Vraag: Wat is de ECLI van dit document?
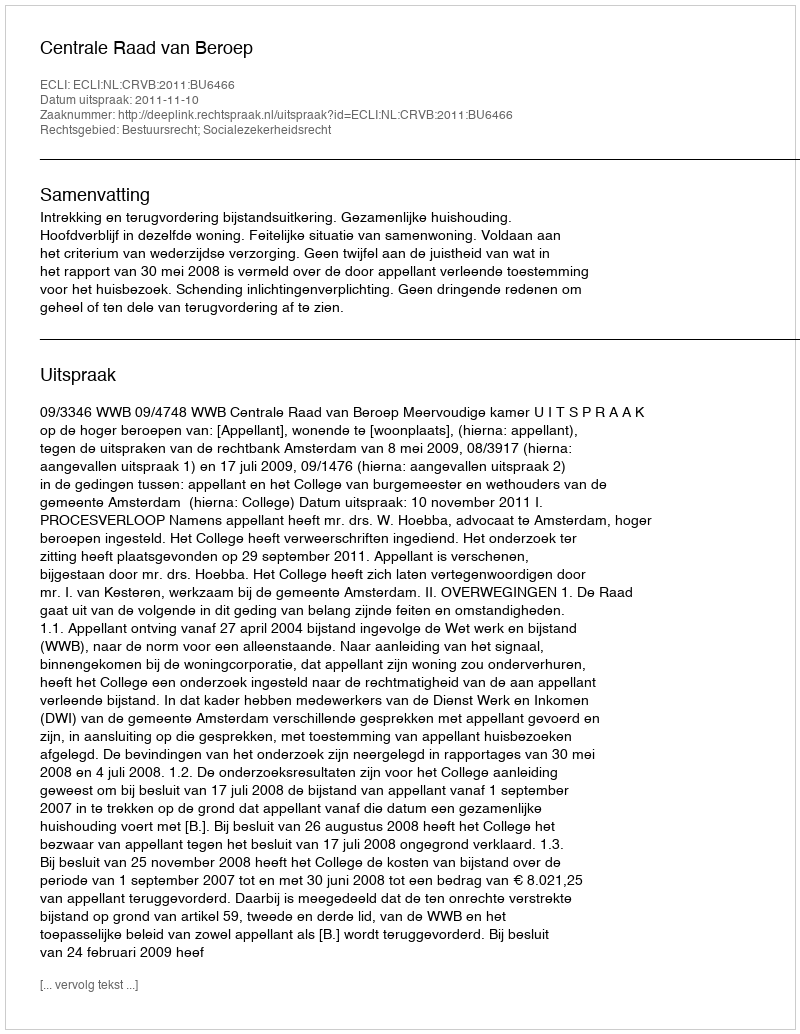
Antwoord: ECLI:NL:CRVB:2011:BU6466